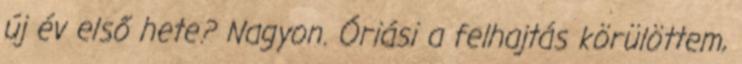
új év első hete? Nagyon. Óriási a felhajtás körülöttem,